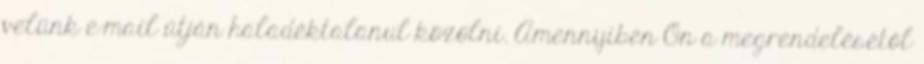
velünk e-mail útján haladéktalanul közölni. Amennyiben Ön a megrendelésétől